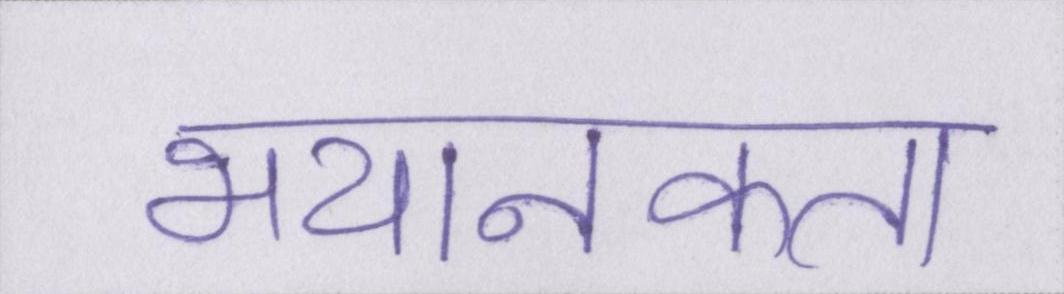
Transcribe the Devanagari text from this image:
भयानकता